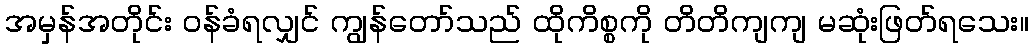
အမှန်အတိုင်း ဝန်ခံရလျှင် ကျွန်တော်သည် ထိုကိစ္စကို တိတိကျကျ မဆုံးဖြတ်ရသေး။